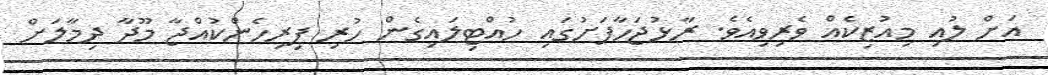
އަށް ލުއި މިއުޒިކެއް ވެރިވިއެވެ. ރާޅުޖަހާފަށުގައި ހުއްޓިލައިގެން ހުރި ފިރިހެންކުއްޖާ މޫދާ ދިމާލަށް